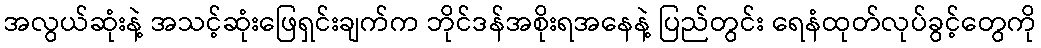
အလွယ်ဆုံးနဲ့ အသင့်ဆုံးဖြေရှင်းချက်က ဘိုင်ဒန်အစိုးရအနေနဲ့ ပြည်တွင်း ရေနံထုတ်လုပ်ခွင့်တွေကို